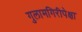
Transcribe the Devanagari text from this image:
गुलामगिरीपेक्षा